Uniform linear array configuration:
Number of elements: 12
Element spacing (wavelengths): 0.25
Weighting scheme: exponential
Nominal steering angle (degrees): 45
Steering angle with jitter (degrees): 43.347
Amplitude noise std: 0.05
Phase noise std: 0.05

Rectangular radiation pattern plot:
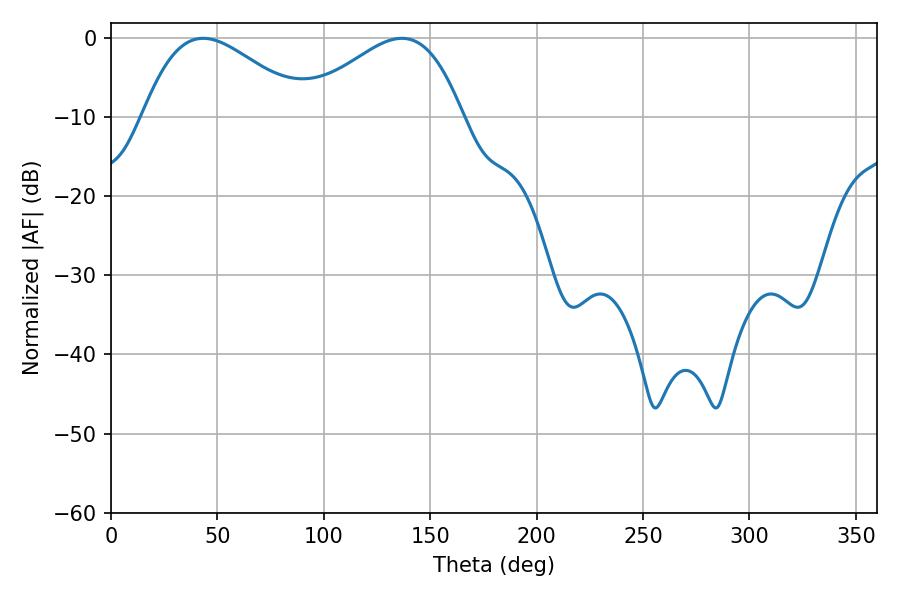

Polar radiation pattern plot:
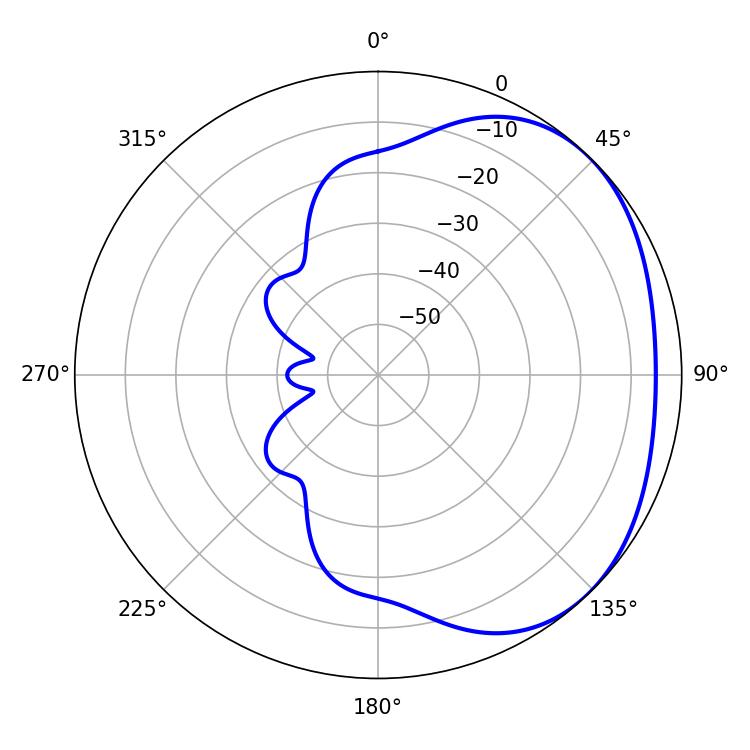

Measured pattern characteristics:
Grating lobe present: FALSE
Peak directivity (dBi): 2.453
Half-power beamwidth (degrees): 41.04
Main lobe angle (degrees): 43.38